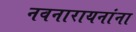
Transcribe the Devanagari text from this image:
नवनारायनांना